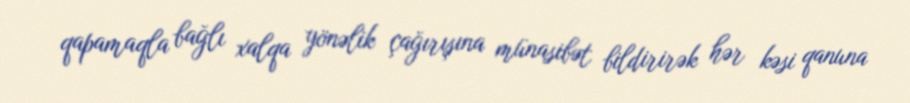
qapamaqla bağlı xalqa yönəlik çağırışına münasibət bildirirək hər kəsi qanuna